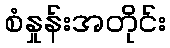
စံနှုန်းအတိုင်း